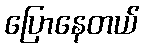
ပြောနေတယ်